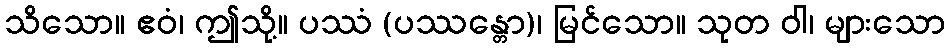
သိသော။ ဧဝံ၊ ဤသို့။ ပဿံ (ပဿန္တော)၊ မြင်သော။ သုတ ဝါ၊ များသော